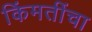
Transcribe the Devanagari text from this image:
किंमतींचा